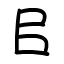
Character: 㠯